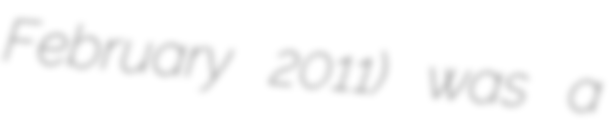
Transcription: February 2011) was a